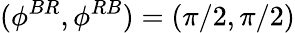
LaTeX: (\phi^{BR},\phi^{RB})=(\pi/2,\pi/2)